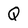
Character: Q